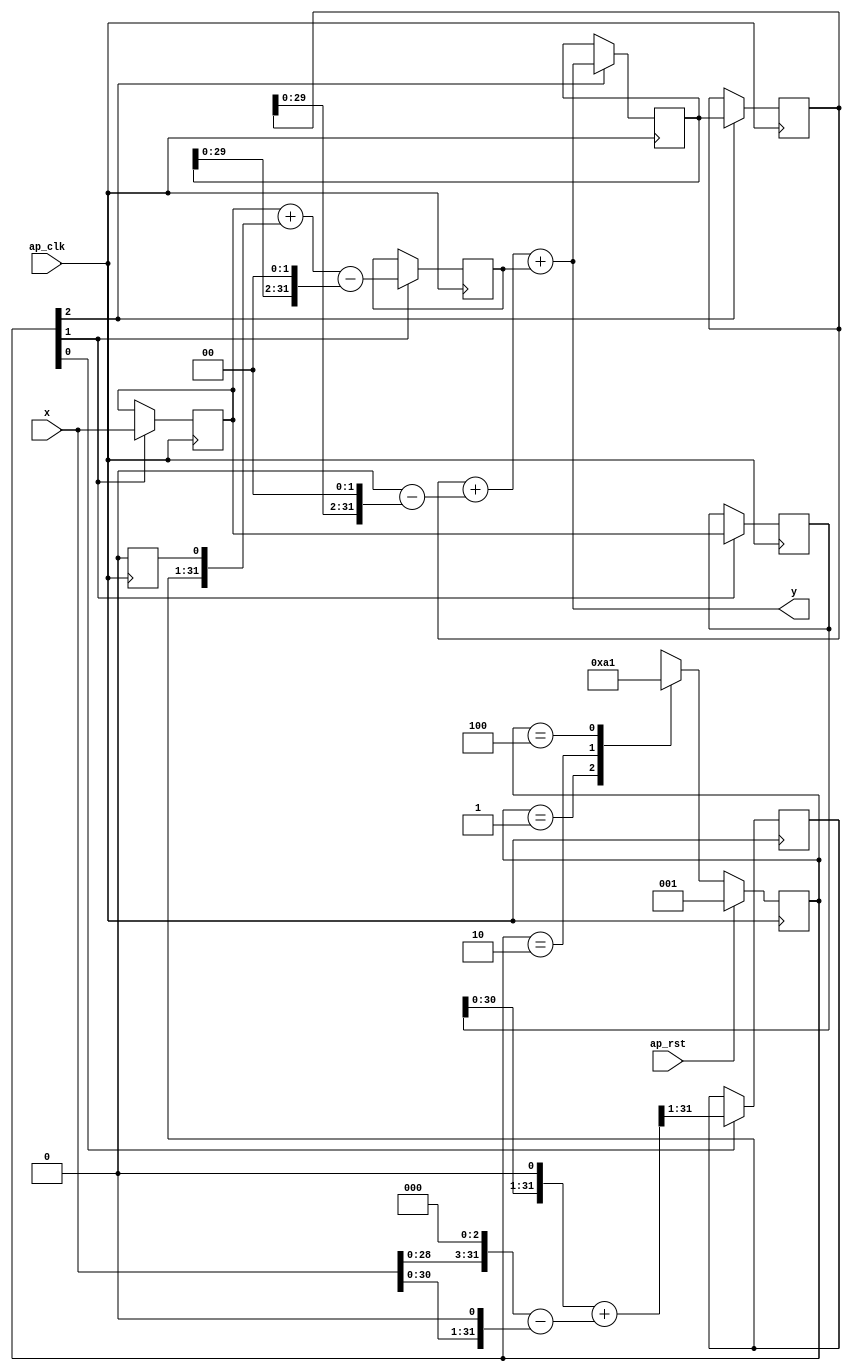
// ==============================================================
// RTL generated by Vivado(TM) HLS - High-Level Synthesis from C, C++ and OpenCL
// Version: 2019.2
// Copyright (C) 1986-2019 Xilinx, Inc. All Rights Reserved.
// 
// ===========================================================

`timescale 1 ns / 1 ps 

(* CORE_GENERATION_INFO="IIR_Filter,hls_ip_2019_2,{HLS_INPUT_TYPE=cxx,HLS_INPUT_FLOAT=0,HLS_INPUT_FIXED=0,HLS_INPUT_PART=xc7a35t-cpg236-1,HLS_INPUT_CLOCK=10.000000,HLS_INPUT_ARCH=others,HLS_SYN_CLOCK=7.207000,HLS_SYN_LAT=2,HLS_SYN_TPT=none,HLS_SYN_MEM=0,HLS_SYN_DSP=0,HLS_SYN_FF=194,HLS_SYN_LUT=252,HLS_VERSION=2019_2}" *)

module IIR_Filter (
        ap_clk,
        ap_rst,
        x,
        y
);

parameter    ap_ST_fsm_state1 = 3'd1;
parameter    ap_ST_fsm_state2 = 3'd2;
parameter    ap_ST_fsm_state3 = 3'd4;

input   ap_clk;
input   ap_rst;
input  [31:0] x;
output  [31:0] y;

reg   [31:0] xn1;
reg   [31:0] xn2;
reg   [31:0] yn1;
reg   [31:0] yn2;
(* fsm_encoding = "none" *) reg   [2:0] ap_CS_fsm;
wire    ap_CS_fsm_state1;
wire   [31:0] add_ln18_fu_79_p2;
reg   [31:0] add_ln18_reg_165;
wire    ap_CS_fsm_state2;
wire   [31:0] sub_ln18_1_fu_104_p2;
reg   [31:0] sub_ln18_1_reg_175;
wire   [31:0] yn_fu_143_p2;
wire    ap_CS_fsm_state3;
wire   [31:0] shl_ln18_fu_51_p2;
wire   [31:0] shl_ln18_1_fu_57_p2;
wire   [31:0] shl_ln18_2_fu_73_p2;
wire   [31:0] sub_ln18_fu_63_p2;
wire   [31:0] add_ln18_1_fu_99_p2;
wire   [31:0] shl_ln18_3_fu_93_p2;
wire   [31:0] shl_ln18_4_fu_125_p2;
wire   [31:0] sub_ln18_3_fu_131_p2;
wire   [31:0] add_ln18_2_fu_137_p2;
reg   [2:0] ap_NS_fsm;

// power-on initialization
initial begin
#0 xn1 = 32'd0;
#0 xn2 = 32'd0;
#0 yn1 = 32'd0;
#0 yn2 = 32'd0;
#0 ap_CS_fsm = 3'd1;
end

always @ (posedge ap_clk) begin
    if (ap_rst == 1'b1) begin
        ap_CS_fsm <= ap_ST_fsm_state1;
    end else begin
        ap_CS_fsm <= ap_NS_fsm;
    end
end

always @ (posedge ap_clk) begin
    if ((1'b1 == ap_CS_fsm_state1)) begin
        add_ln18_reg_165[31 : 1] <= add_ln18_fu_79_p2[31 : 1];
    end
end

always @ (posedge ap_clk) begin
    if ((1'b1 == ap_CS_fsm_state2)) begin
        sub_ln18_1_reg_175 <= sub_ln18_1_fu_104_p2;
        xn1 <= x;
        xn2 <= xn1;
    end
end

always @ (posedge ap_clk) begin
    if ((1'b1 == ap_CS_fsm_state3)) begin
        yn1 <= yn_fu_143_p2;
        yn2 <= yn1;
    end
end

always @ (*) begin
    case (ap_CS_fsm)
        ap_ST_fsm_state1 : begin
            ap_NS_fsm = ap_ST_fsm_state2;
        end
        ap_ST_fsm_state2 : begin
            ap_NS_fsm = ap_ST_fsm_state3;
        end
        ap_ST_fsm_state3 : begin
            ap_NS_fsm = ap_ST_fsm_state1;
        end
        default : begin
            ap_NS_fsm = 'bx;
        end
    endcase
end

assign add_ln18_1_fu_99_p2 = (xn1 + add_ln18_reg_165);

assign add_ln18_2_fu_137_p2 = (yn2 + sub_ln18_3_fu_131_p2);

assign add_ln18_fu_79_p2 = (shl_ln18_2_fu_73_p2 + sub_ln18_fu_63_p2);

assign ap_CS_fsm_state1 = ap_CS_fsm[32'd0];

assign ap_CS_fsm_state2 = ap_CS_fsm[32'd1];

assign ap_CS_fsm_state3 = ap_CS_fsm[32'd2];

assign shl_ln18_1_fu_57_p2 = x << 32'd1;

assign shl_ln18_2_fu_73_p2 = xn2 << 32'd1;

assign shl_ln18_3_fu_93_p2 = yn1 << 32'd2;

assign shl_ln18_4_fu_125_p2 = yn2 << 32'd2;

assign shl_ln18_fu_51_p2 = x << 32'd3;

assign sub_ln18_1_fu_104_p2 = (add_ln18_1_fu_99_p2 - shl_ln18_3_fu_93_p2);

assign sub_ln18_3_fu_131_p2 = (32'd0 - shl_ln18_4_fu_125_p2);

assign sub_ln18_fu_63_p2 = (shl_ln18_fu_51_p2 - shl_ln18_1_fu_57_p2);

assign y = (add_ln18_2_fu_137_p2 + sub_ln18_1_reg_175);

assign yn_fu_143_p2 = (add_ln18_2_fu_137_p2 + sub_ln18_1_reg_175);

always @ (posedge ap_clk) begin
    add_ln18_reg_165[0] <= 1'b0;
end

endmodule //IIR_Filter